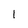
Character: 1